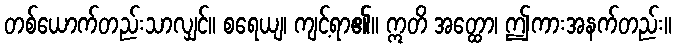
တစ်ယောက်တည်းသာလျှင်။ စရေယျ၊ ကျင့်ရာ၏။ ဣတိ အတ္ထော၊ ဤကားအနက်တည်း။